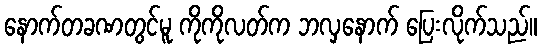
နောက်တခဏတွင်မူ ကိုကိုလတ်က ဘလှနောက် ပြေးလိုက်သည်။